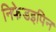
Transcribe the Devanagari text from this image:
निफेडइपिन